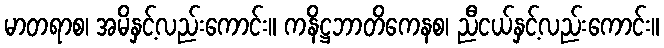
မာတရာစ၊ အမိနှင့်လည်းကောင်း။ ကနိဋ္ဌဘာတိကေနစ၊ ညီငယ်နှင့်လည်းကောင်း။